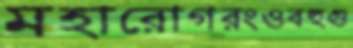
মহারোগরংওবহুগু